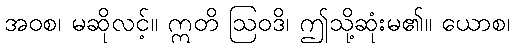
အဝစ၊ မဆိုလင့်။ ဣတိ ဩဝဒိ၊ ဤသို့ဆုံးမ၏။ ယောစ၊